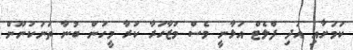
ކަމަށާއި އަދި ފްލެޓް އަޅާނީ ވެސް މުޒާހަރާ ކުރާ މީހުން ބުނާ ތަނަކުނޫން